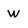
Character: v